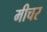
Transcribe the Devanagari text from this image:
मीचर